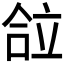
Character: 𰇴